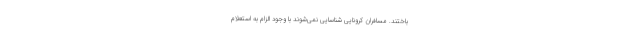
باختند. مسافران کرونایی شناسایی نمی‌شوند با وجود الزام به استعلام